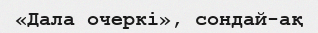
«Дала очеркі», сондай-ақ